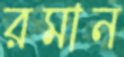
রমান